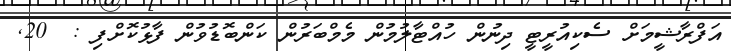
އަފްރާޝީމަށް ސެކިއުރީޓީ ދިނުން ހުއްޓާލުމުން މެމްބަރުން ކަންބޮޑުވުން ފާޅުކޮށްފި :  20